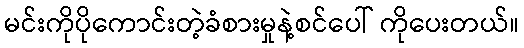
မင်းကိုပိုကောင်းတဲ့ခံစားမှုနဲ့စင်ပေါ် ကိုပေးတယ်။